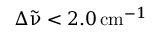
\Delta { \tilde { \upnu } } < 2 . 0 \, \mathrm { c m } ^ { - 1 }